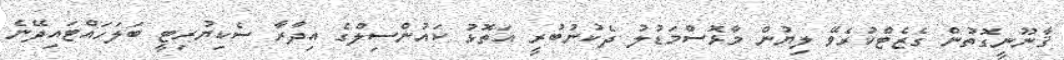
ޤާނޫނީގޮތުން ގެޒެޓްކުރެވޭ ލިޔުން މާޅޮސްމަޑުލު ދެކުނުބުރީ އަތޮޅު ކައުންސިލްގެ އިދާރާ ސެކިޔުރިޓީ ބަލަހައްޓައިދޭނެ